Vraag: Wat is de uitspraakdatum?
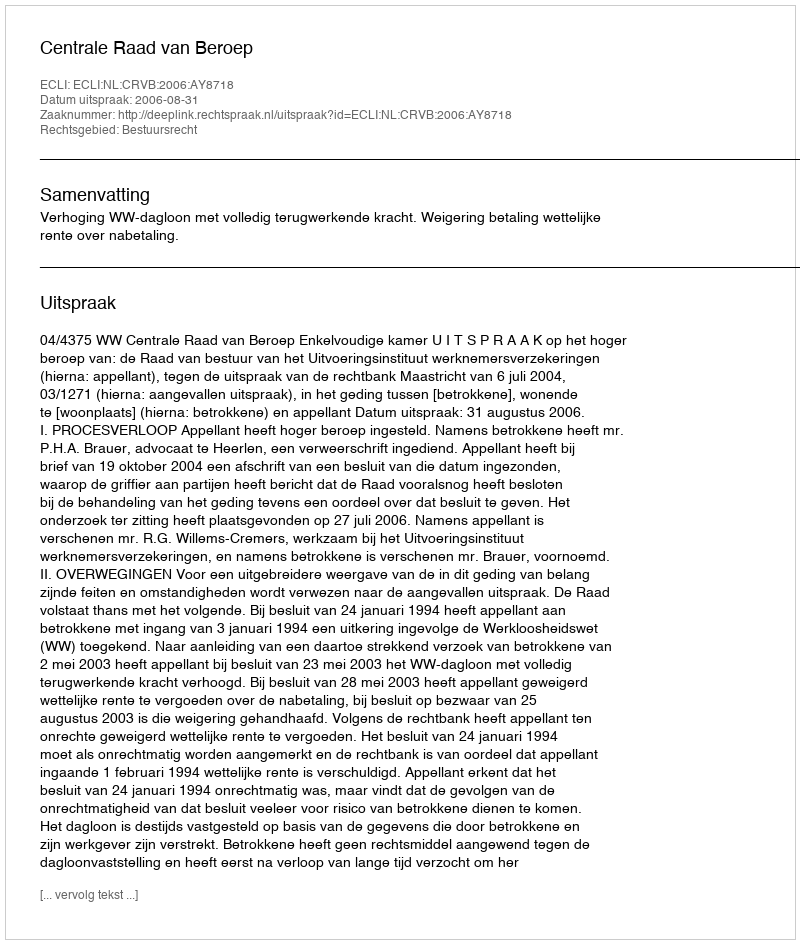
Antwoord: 2006-08-31